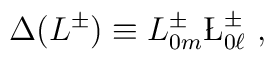
\Delta (L^{\pm})\equiv L^{\pm}_{0m}\L^{\pm}_{0\ell}\ ,